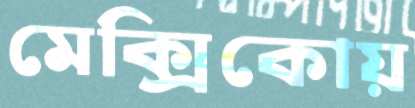
মেক্সিকোয়